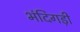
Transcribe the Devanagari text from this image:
भंदिगड़ी